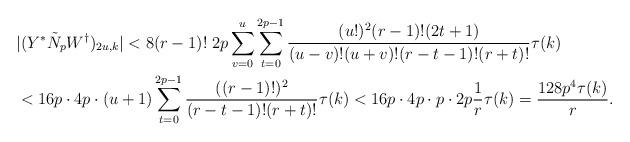
LaTeX: \begin{align*}&|(Y^*\tilde{N}_pW^{\dagger})_{2u,k}|<8(r-1)!\;2p\sum_{v=0}^u\sum_{t=0}^{2p-1}\frac{(u!)^2(r-1)!(2t+1)}{(u-v)!(u+v)!(r-t-1)!(r+t)!}\tau(k)\\&<16p\cdot 4p\cdot(u+1)\sum_{t=0}^{2p-1}\frac{((r-1)!)^2}{(r-t-1)!(r+t)!}\tau(k)<16p\cdot 4p\cdot p\cdot 2p\frac{1}{r}\tau(k)=\frac{128p^4\tau(k)}{r}.\end{align*}